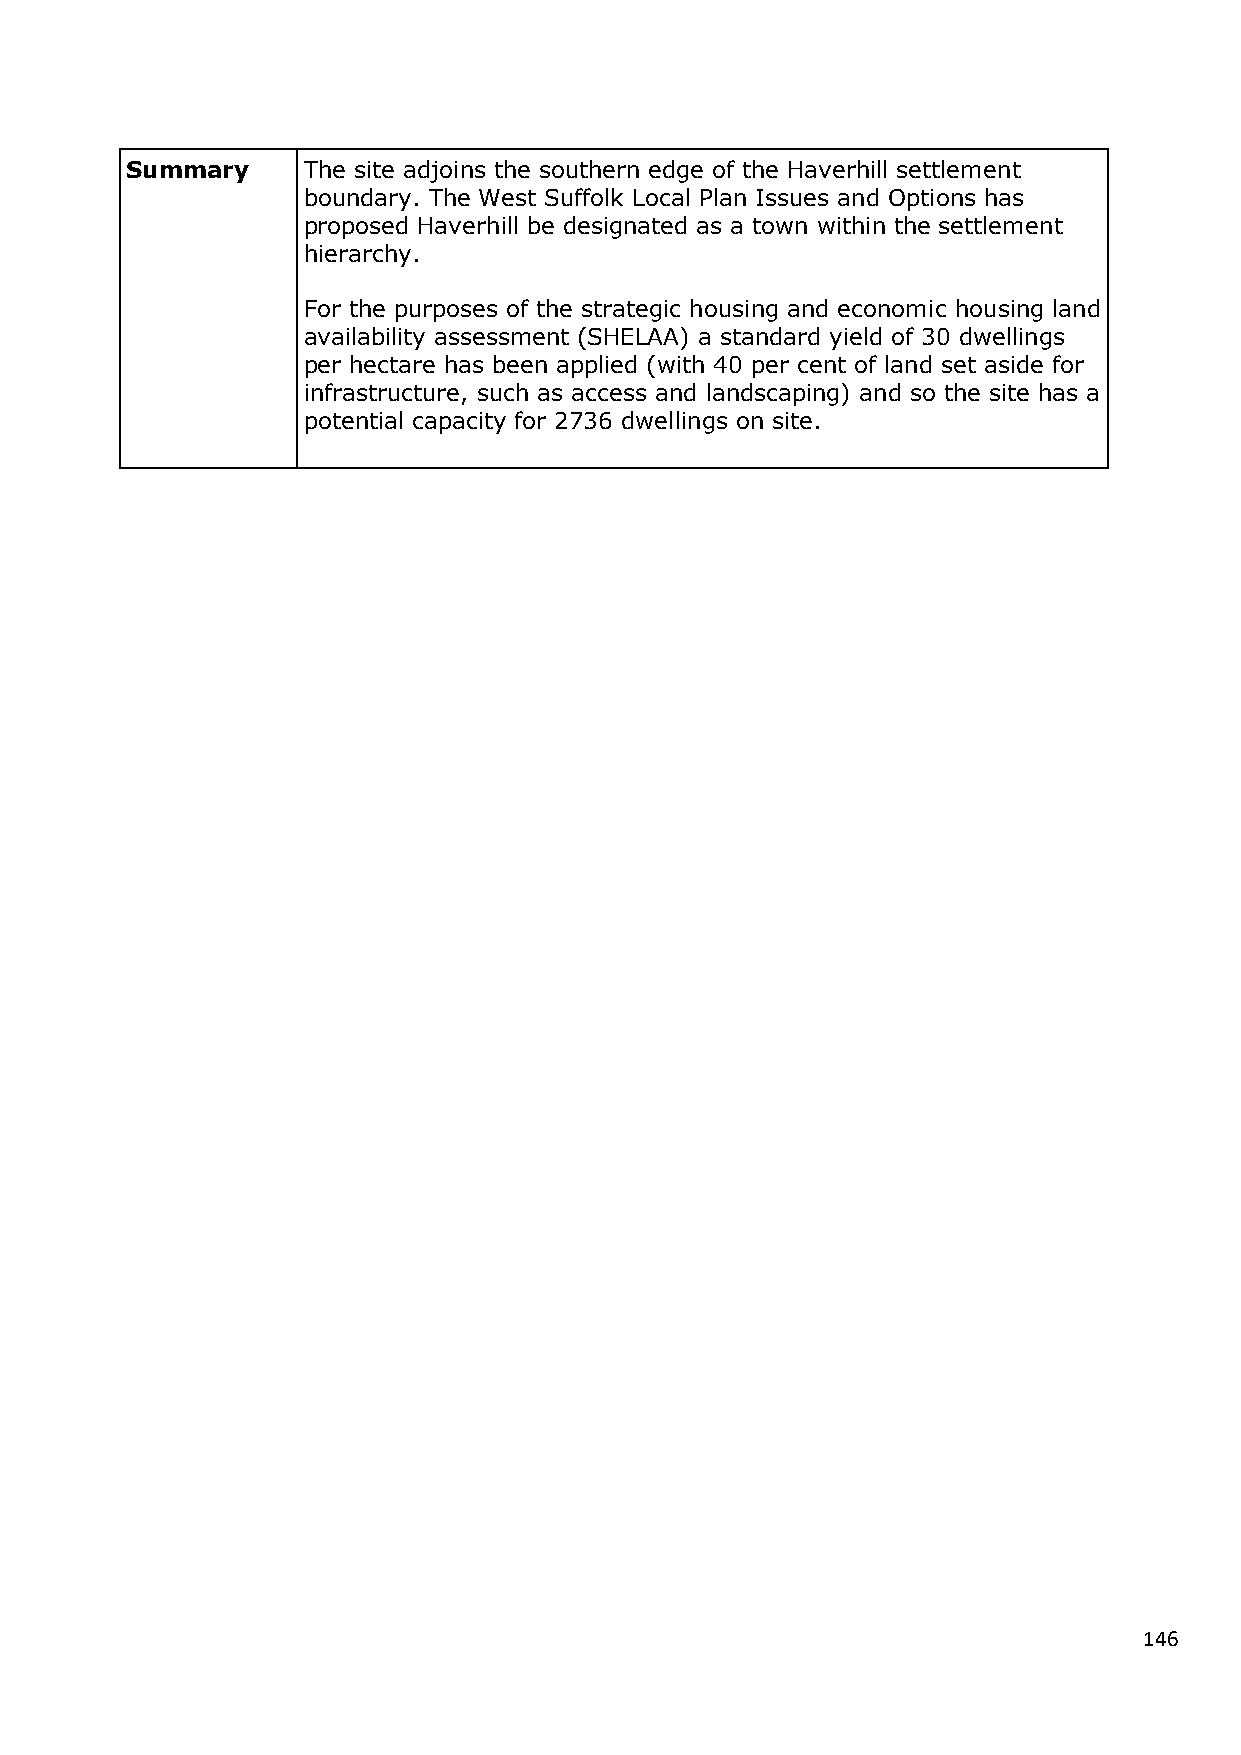
Summary     The site adjoins the southern edge of the Haverhill settlement
 boundary. The West Suffolk Local Plan Issues and Options has
 proposed Haverhill be designated as a town within the settlement
 hierarchy.
 For the purposes of the strategic housing and economic housing land
 availability assessment (SHELAA) a standard yield of 30 dwellings
 per hectare has been applied (with 40 per cent of land set aside for
 infrastructure, such as access and landscaping) and so the site has a
 potential capacity for 2736 dwellings on site.
 146